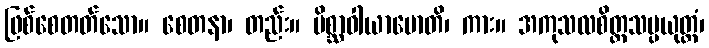
ဖြစ်စေတတ်သော။ စေတနာ၊ တည်း။ မိစ္ဆာဝါယာမောတိ၊ ကား။ အကုသလစိတ္တသမ္ပယုတ္တံ၊